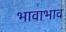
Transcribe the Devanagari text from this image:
भावाभाव